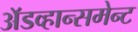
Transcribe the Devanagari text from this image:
अॅडव्हान्समेन्ट